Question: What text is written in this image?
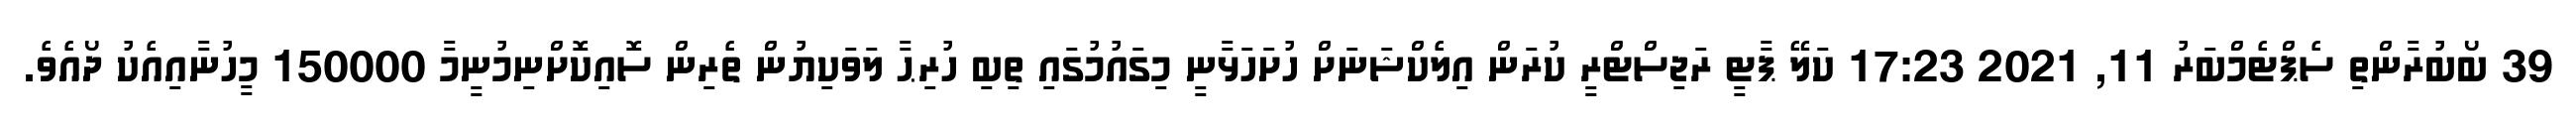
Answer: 39 ބޯބުރާންތި ސެޕްޓެމްބަރު 11, 2021 17:23 ކަލޭ ޕާޓީ ރަޖިސްޓްރީ ކުރަން އިލެކްޝަނަށް ހުށަހަޅާނީ މިގައުމުގައި ތިބި ހުރިޙާ ލަވަކިޔުން ތެރިން ސޮއިކޮށްނިމުނީމާ 150000 މީހުނާއިއެކު ދޯއެވެ.